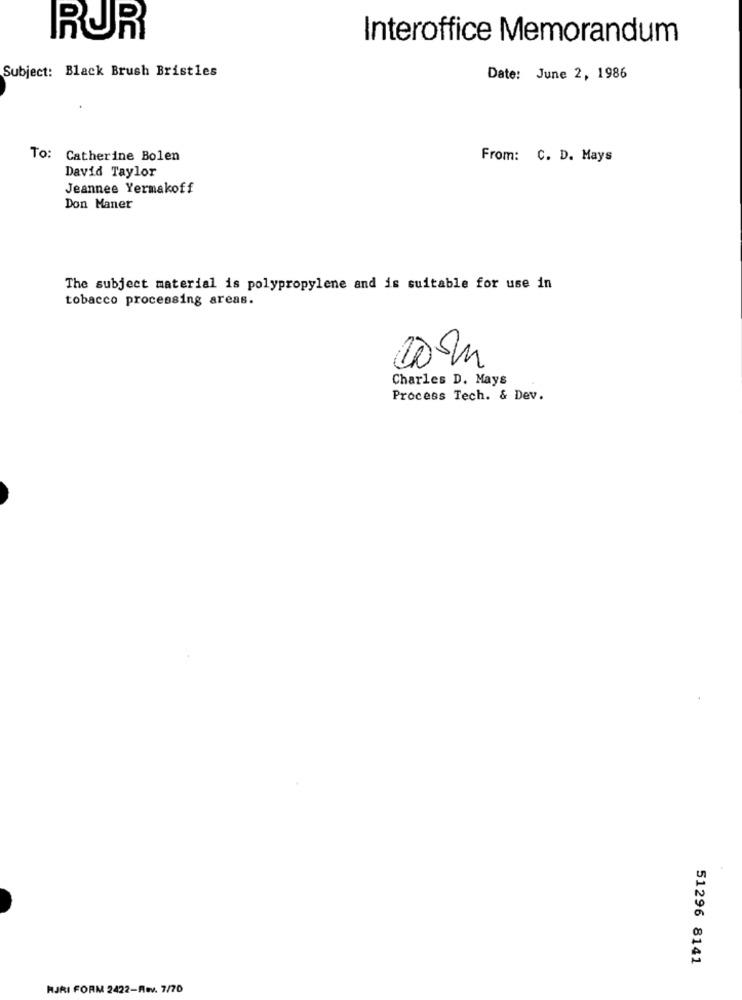
RUR
Interoffice Memorandum
Subject: Black Brush Bristles
Date: June 2, 1986
To: Catherine Bolen
From: C. D. Mays
David Taylor
Jeannee Yermakoff
Don Maner
The subject material is polypropylene and is suitable for use in
tobacco processing areas.
Charles D. Mays
Process Tech. & Dev.
51296 8141
HJRI FORM 2422-Rev. 7/70